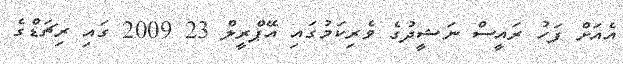
އެއަށް ފަހު ރައީސް ނަޝީދުގެ ވެރިކަމުގައި އޭޕްރީލް 23 2009 ގައި ރިޗަޑްގެ